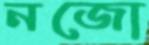
নজো